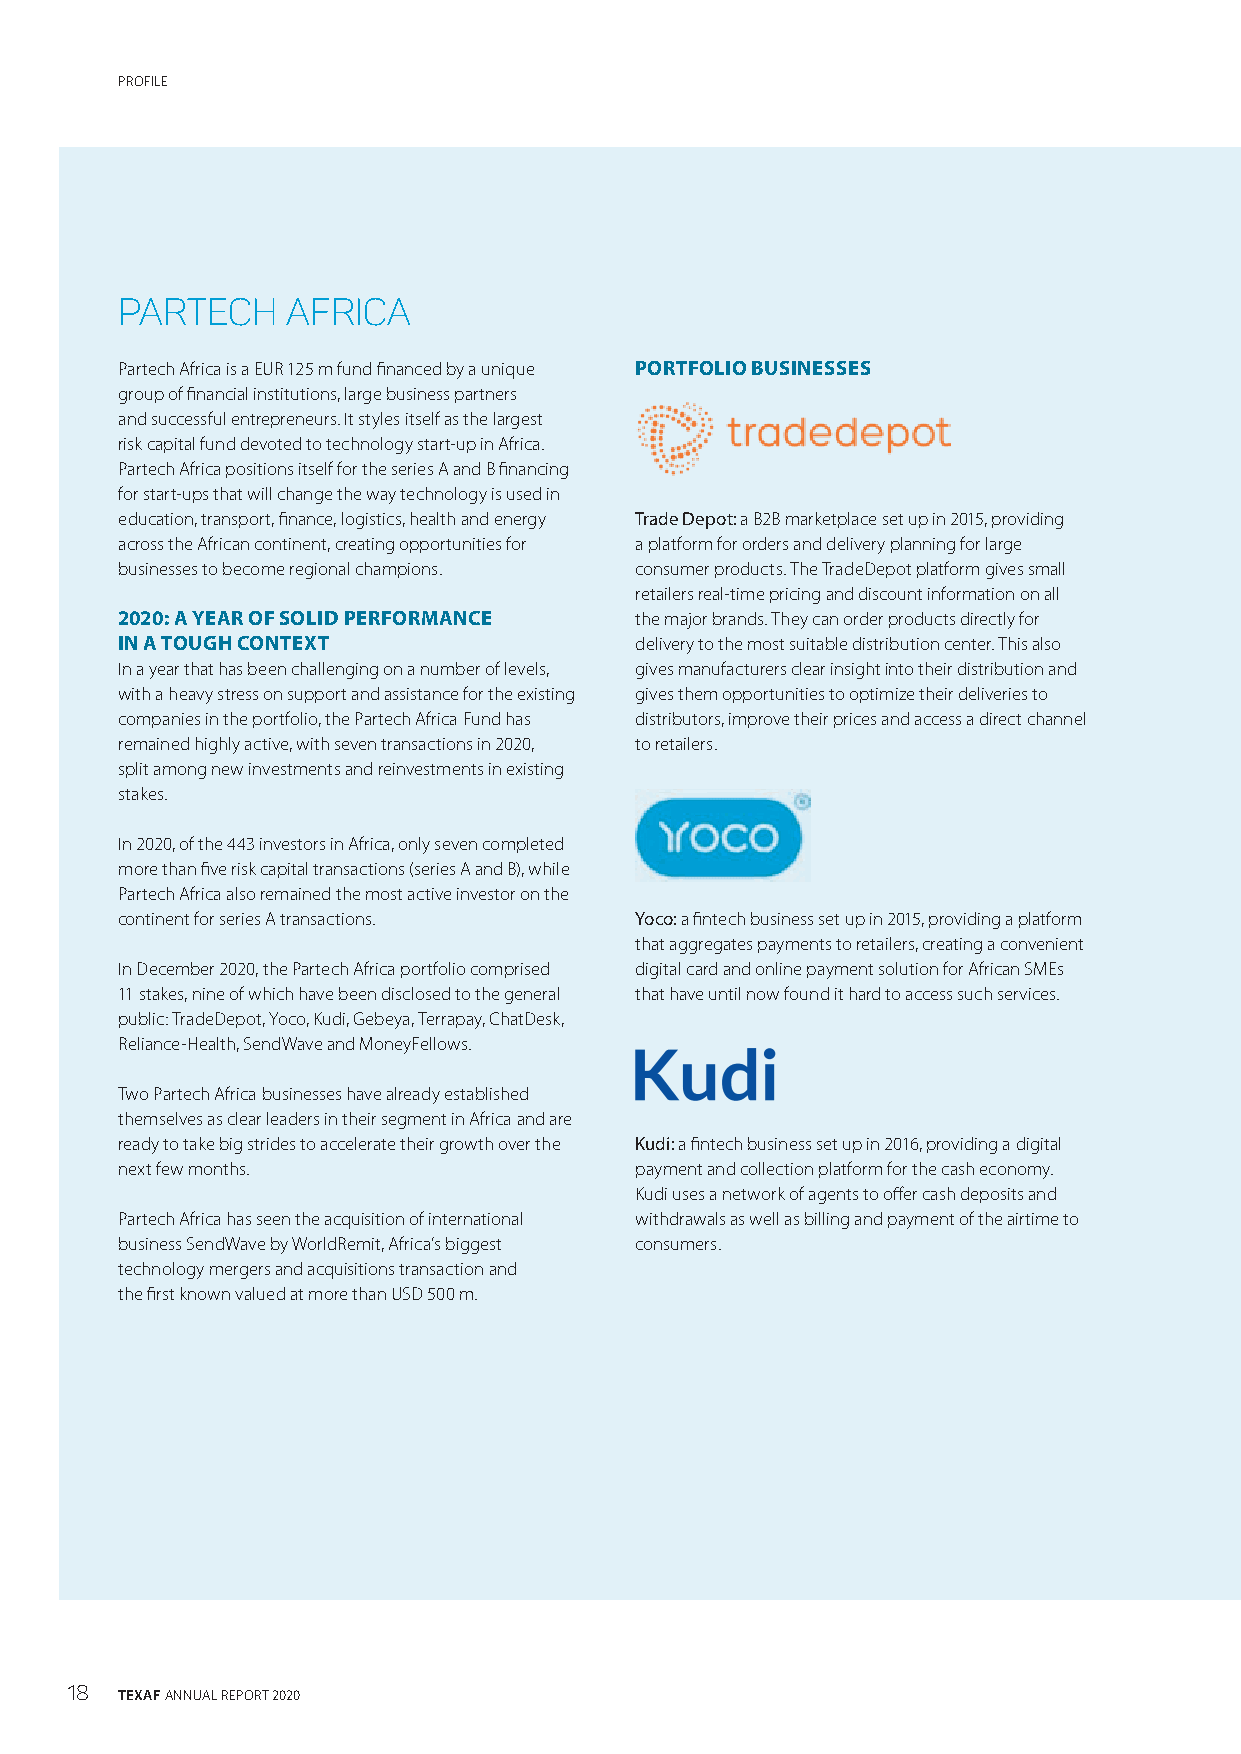
PROFILE
 PARTECH    AFRICA
 Partech Africa is a EUR 125 m fund financed by a unique PORTFOLIO BUSINESSES
 group of financial institutions, large business partners
 and successful entrepreneurs. It styles itself as the largest
 risk capital fund devoted to technology start-up in Africa.
 Partech Africa positions itself for the series A and B financing
 for start-ups that will change the way technology is used in
 education, transport, finance, logistics, health and energy Trade Depot: a B2B marketplace set up in 2015, providing
 across the African continent, creating opportunities for a platform for orders and delivery planning for large
 businesses to become regional champions. consumer products. The TradeDepot platform gives small
 retailers real-time pricing and discount information on all
 2020: A YEAR OF SOLID PERFORMANCE the major brands. They can order products directly for
 IN A TOUGH CONTEXT                delivery to the most suitable distribution center. This also
 In a year that has been challenging on a number of levels, gives manufacturers clear insight into their distribution and
 with a heavy stress on support and assistance for the existing gives them opportunities to optimize their deliveries to
 companies in the portfolio, the Partech Africa Fund has distributors, improve their prices and access a direct channel
 remained highly active, with seven transactions in 2020, to retailers.
 split among new investments and reinvestments in existing
 stakes.
 In 2020, of the 443 investors in Africa, only seven completed
 more than five risk capital transactions (series A and B), while
 Partech Africa also remained the most active investor on the
 continent for series A transactions. Yoco: a fintech business set up in 2015, providing a platform
 that aggregates payments to retailers, creating a convenient
 In December 2020, the Partech Africa portfolio comprised digital card and online payment solution for African SMEs
 11 stakes, nine of which have been disclosed to the general that have until now found it hard to access such services.
 public: TradeDepot, Yoco, Kudi, Gebeya, Terrapay, ChatDesk,
 Reliance-Health, SendWave and MoneyFellows.
 Two Partech Africa businesses have already established
 themselves as clear leaders in their segment in Africa and are
 ready to take big strides to accelerate their growth over the Kudi: a fintech business set up in 2016, providing a digital
 next few months.                  payment and collection platform for the cash economy.
 Kudi uses a network of agents to offer cash deposits and
 Partech Africa has seen the acquisition of international withdrawals as well as billing and payment of the airtime to
 business SendWave by WorldRemit, Africa’s biggest consumers.
 technology mergers and acquisitions transaction and
 the first known valued at more than USD 500 m.
 18  TEXAF ANNUAL REPORT 2020